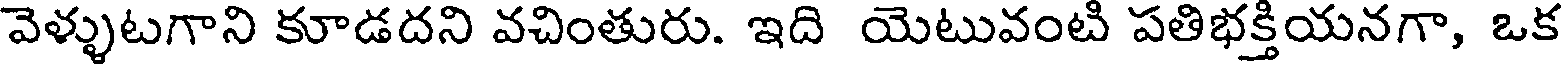
వెళ్ళుటగాని కూడదని వచింతురు. ఇది యెటువంటి పతిభక్తియనగా, ఒక